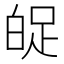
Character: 𤽱